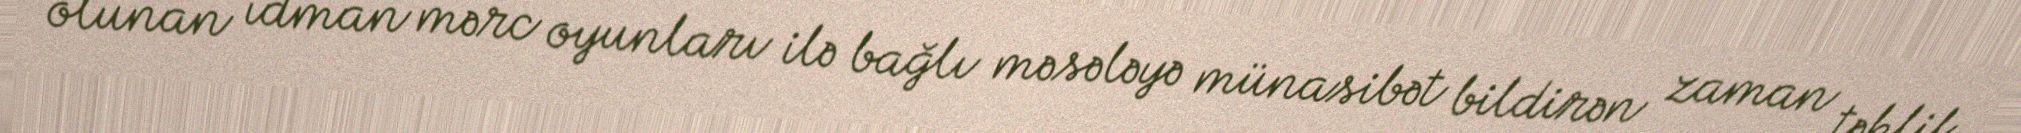
olunan idman mərc oyunları ilə bağlı məsələyə münasibət bildirən zaman təklif